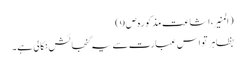
(المنیر،اشاعت مذکورہ ص 9)
بظاہر تو اس عبارت سے یہ گنجائش نکالی ہے۔